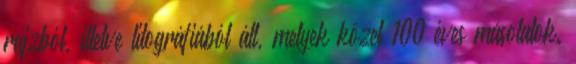
rajzból, illetve litográfiából áll, melyek közel 100 éves másolatok.